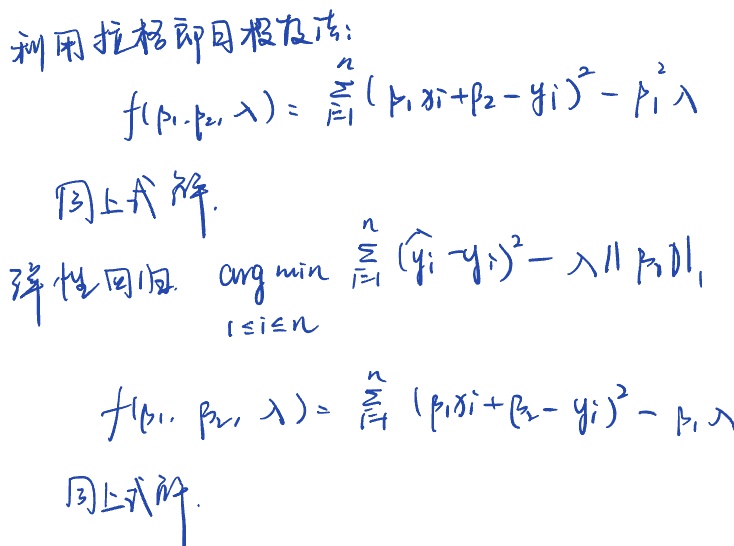
利用拉格朗日极值法：
\[
f(p_1,p_2,\lambda)=\sum_{i = 1}^{n}(p_1x_i + p_2 - y_i)^2 - p_1^2\lambda
\]
同上式解。弹性回归\(\underset{1\leq i\leq n}{\arg\min}\sum_{i = 1}^{n}(\widehat{y}_i - y_i)^2-\lambda\Vert p_1\Vert_1\)
\[
f(p_1,p_2,\lambda)=\sum_{i = 1}^{n}(p_1x_i + p_2 - y_i)^2 - p_1\lambda
\]
同上式解。